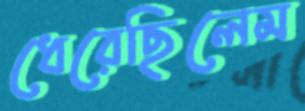
ধেরেছিলেম